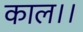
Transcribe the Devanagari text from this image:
काल।।